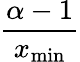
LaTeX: \frac{\alpha-1}{x_{\operatorname*{min}}}